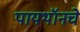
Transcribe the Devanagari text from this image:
पायथॉनचे